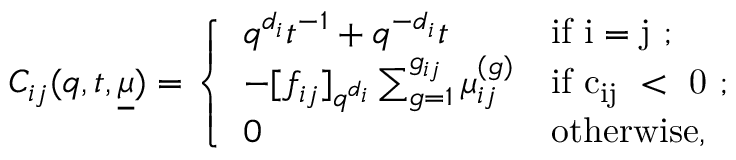
C _ { i j } ( q , t , \underline { { \mu } } ) = \left\{ \begin{array} { l l } { q ^ { d _ { i } } t ^ { - 1 } + q ^ { - d _ { i } } t } & { \mathrm { i f ~ i = j ~ } ; } \\ { - [ f _ { i j } ] _ { q ^ { d _ { i } } } \sum _ { g = 1 } ^ { g _ { i j } } \mu _ { i j } ^ { ( g ) } } & { \mathrm { i f ~ c _ { i j } ~ < ~ 0 ~ } ; } \\ { 0 } & { \mathrm { o t h e r w i s e } , } \end{array} \right.